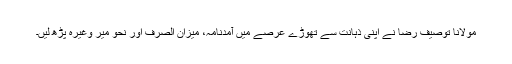
مولانا توصیف رضا نے اپنی ذہانت سے تھوڑے عرصے میں آمدنامہ، میزان الصرف اور نحو میر وغیرہ پڑھ لیں۔